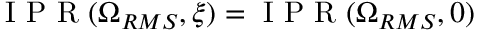
\mathrm { ~ I ~ P ~ R ~ } ( \Omega _ { R M S } , \xi ) = \mathrm { ~ I ~ P ~ R ~ } ( \Omega _ { R M S } , 0 )